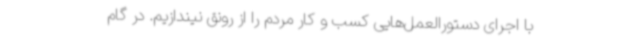
با اجرای دستورالعمل‌هایی کسب و کار مردم را از رونق نیندازیم. در گام